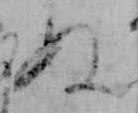
ぬ